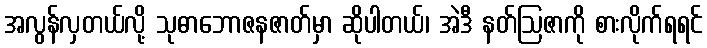
အလွန်လှတယ်လို့ သုဓာဘောဇနဇာတ်မှာ ဆိုပါတယ်၊ အဲဒီ နတ်ဩဇာကို စားလိုက်ရရင်